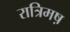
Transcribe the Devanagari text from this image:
रात्रिमष़